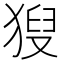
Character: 𤟚